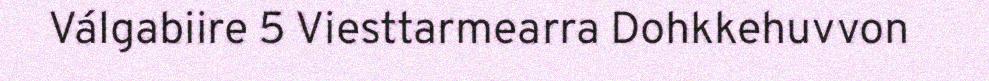
Válgabiire 5 Viesttarmearra Dohkkehuvvon